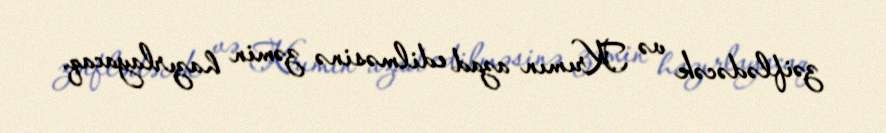
zəiflədəcək və Krımın azad edilməsinə zəmin hazırlayacaq.